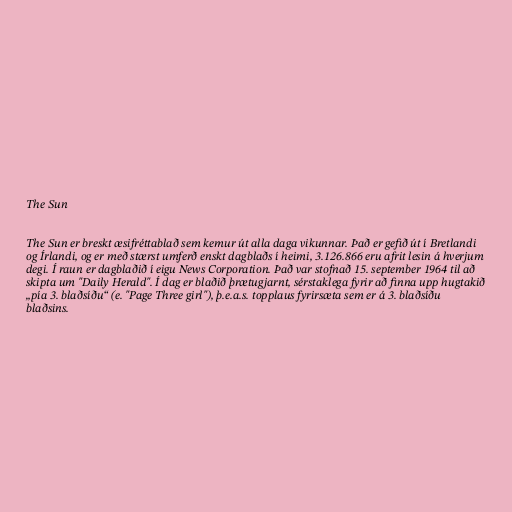
The Sun

The Sun er breskt æsifréttablað sem kemur út alla daga vikunnar. Það er gefið út í Bretlandi
og Írlandi, og er með stærst umferð enskt dagblaðs í heimi, 3.126.866 eru afrit lesin á hverjum
degi. Í raun er dagblaðið í eigu News Corporation. Það var stofnað 15. september 1964 til að
skipta um "Daily Herald". Í dag er blaðið þrætugjarnt, sérstaklega fyrir að finna upp hugtakið
„pía 3. blaðsíðu“ (e. "Page Three girl"), þ.e.a.s. topplaus fyrirsæta sem er á 3. blaðsíðu
blaðsins.